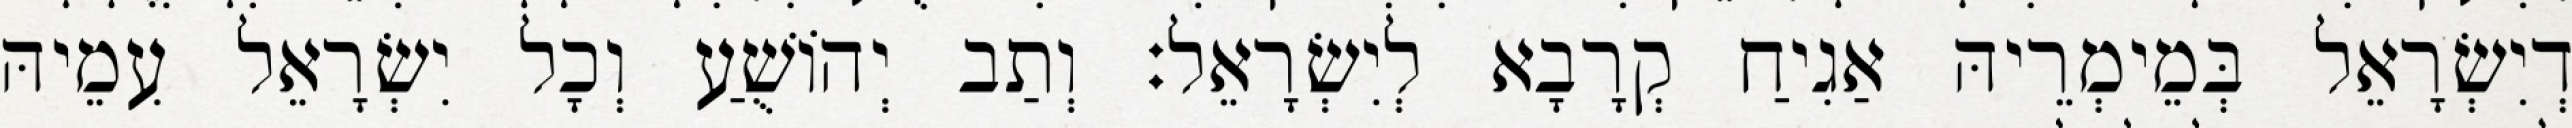
דְיִשְׂרָאֵל בְּמֵימְרֵיהּ אַגִיחַ קְרָבָא לְיִשְׂרָאֵל׃ וְתַב יְהוֹשֻׁעַ וְכָל יִשְׂרָאֵל עִמֵיהּ